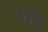
દરદર